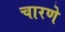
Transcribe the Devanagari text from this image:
चारणे